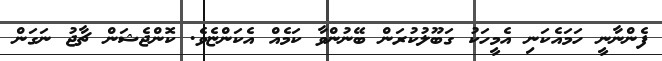
ފެންނާނީ ހަަމައެކަނި އެމީހަކު ގަބޫލުކުރަން ބޭނުންވާ ކަމެއް އެކަންޏެވެ. ކޮންޖެޝަން ޗާޖު ނަގަން